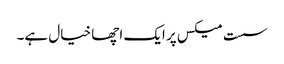
سست میکس پر ایک اچھا خیال ہے۔